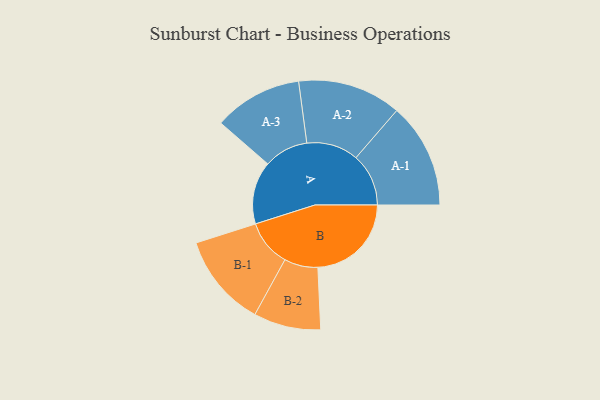
{"axis": {"x": "Segment", "y": "Value"}, "legend": ["", "A", "B"], "data": [{"x": "A", "y": 327, "type": ""}, {"x": "B", "y": 487, "type": ""}, {"x": "A-1", "y": 274, "type": "A"}, {"x": "A-2", "y": 270, "type": "A"}, {"x": "A-3", "y": 231, "type": "A"}, {"x": "B-1", "y": 243, "type": "B"}, {"x": "B-2", "y": 175, "type": "B"}]}